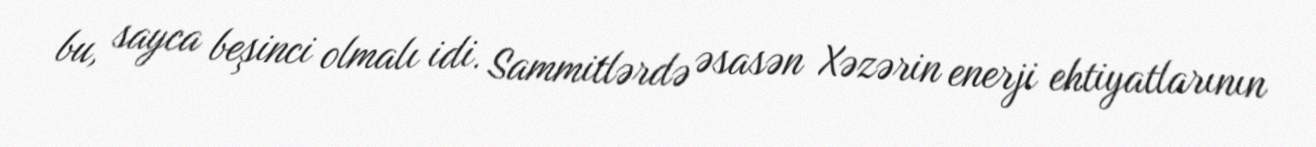
bu, sayca beşinci olmalı idi. Sammitlərdə əsasən Xəzərin enerji ehtiyatlarının